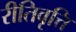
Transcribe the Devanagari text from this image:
रीतिवृत्ति